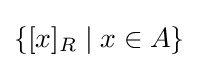
\{[x]_{R}\mid x\in A\}